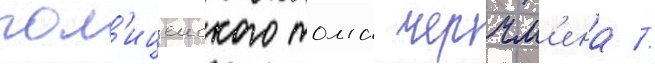
пол'ицеиского тома черчм'ена //